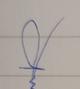
Signature authenticity: forged